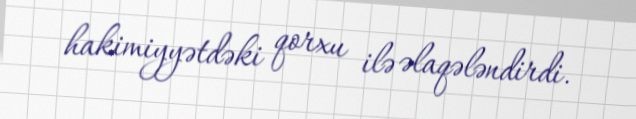
hakimiyyətdəki qorxu ilə əlaqələndirdi.